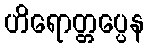
ဟိရောတ္တပ္ပေန